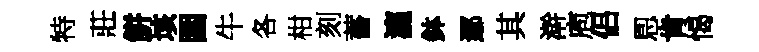
特莊餅垓圍牛各柑刻蓄瀛鉢鄢其澣庖侣㤙肯愒